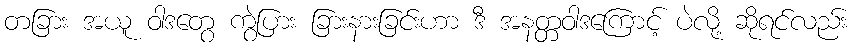
တခြား အယူ ဝါဒတွေ ကွဲပြား ခြားနားခြင်းဟာ ဒီ အနတ္တဝါဒကြောင့် ပဲလို့ ဆိုရင်လည်း